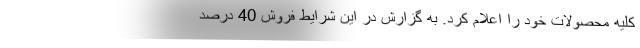
کلیه محصولات خود را اعلام کرد. به گزارش در این شرایط فروش 40 درصد